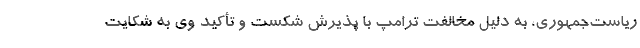
ریاست‌جمهوری، به دلیل مخالفت ترامپ با پذیرش شکست و تأکید وی به شکایت